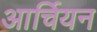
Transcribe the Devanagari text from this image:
आर्चियन